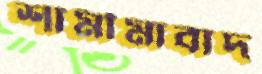
শামীমাবাদ